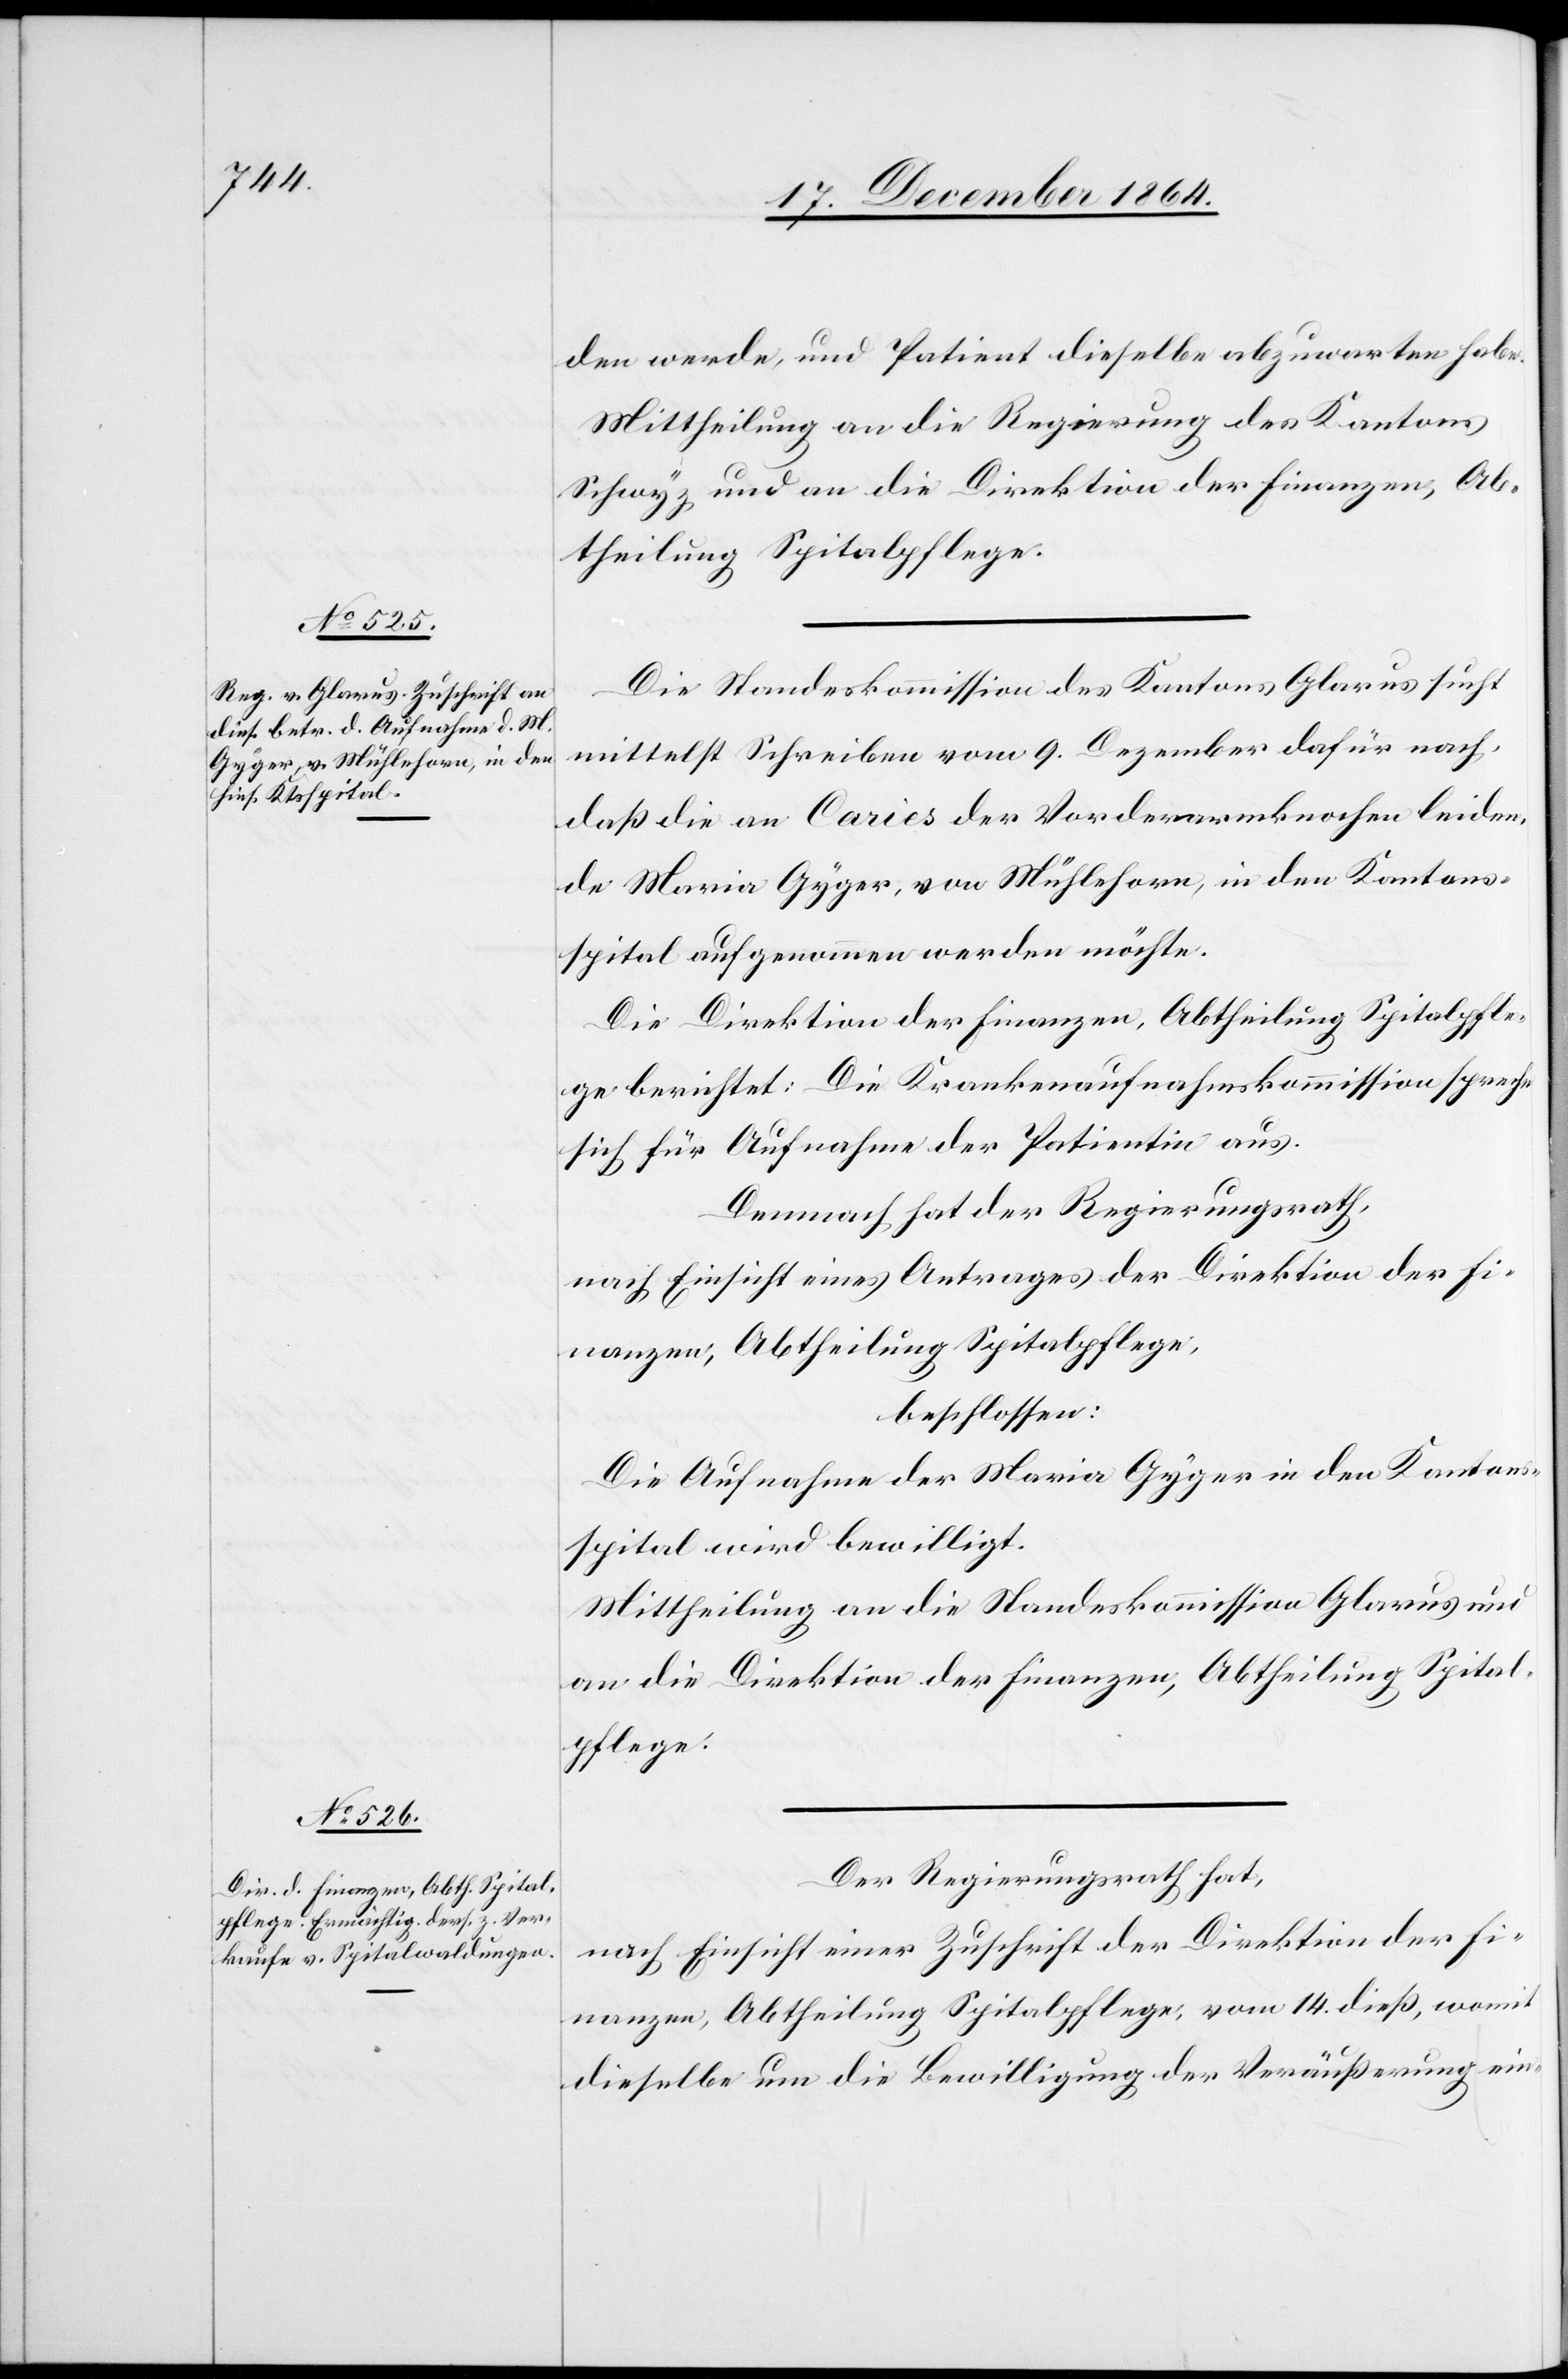
den werde, und Patient dieselbe abzuwarten habe.
Mittheilung an die Regierung des Kantons
Schwyz und an die Direktion der Finanzen, Ab¬
theilung Spitalpflege.
Die Standeskommission des Kantons Glarus sucht
mittelst Schreiben vom 9. Dezember dafür nach,
daß die an Caries der Vorderarmknochen leiden¬
de Maria Gyger, von Mühlehorn, in den Kantons¬
spital aufgenommen werden möchte.
Die Direktion der Finanzen, Abtheilung Spitalpfle¬
ge, berichtet: Die Krankenaufnahmskommission spreche
sich für die Aufnahme der Patientin aus.
Demnach hat der Regierungsrath,
nach Einsicht eines Antrages der Direktion der Fi¬
nanzen, Abtheilung Spitalpflege,
beschlossen:
Die Aufnahme der Maria Gyger in den Kantons¬
spital wird bewilligt.
Mittheilung an die Standeskommission Glarus und
an die Direktion der Finanzen, Abtheilung Spital¬
pflege.
Der Regierungsrath hat,
nach Einsicht einer Zuschrift der Direktion der Fi¬
nanzen, Abtheilung Spitalpflege, vom 14. dieß, womit
dieselbe um die Bewilligung der Veräußerung ein-